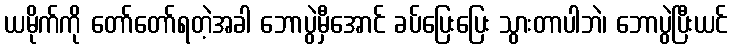
ယမိုက်ကို တော်တော်ရတဲ့အခါ ဘောပွဲမှီအောင် ခပ်ပြေးပြေး သွားတာပါဘဲ၊ ဘောပွဲပြီးယင်